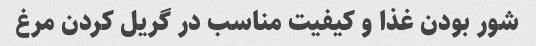
شور بودن غذا و کیفیت مناسب در گریل کردن مرغ